Manual of vaccination for the United Provinces of Agra and Oudh -
Year: 1903
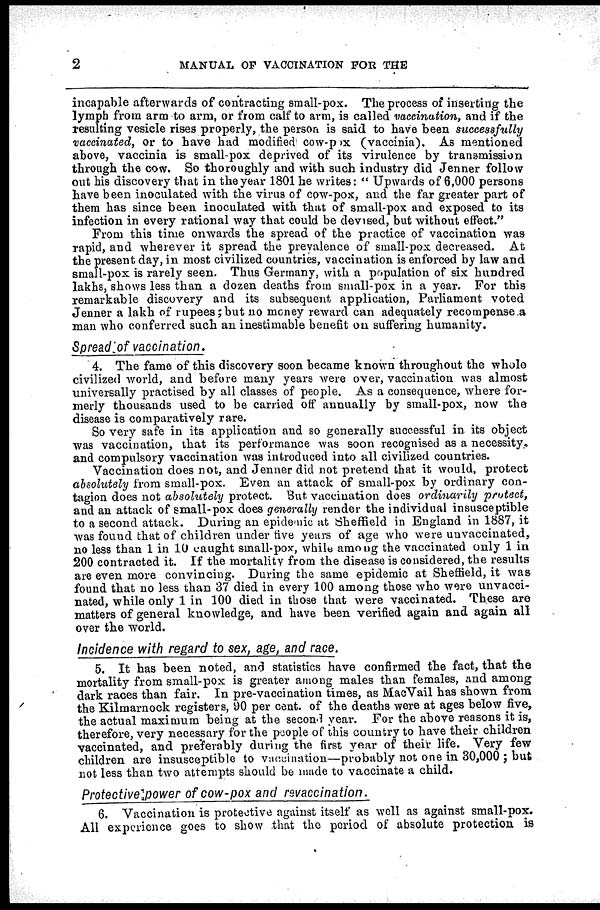
2
MANUAL OF VACCINATION FOR THE
incapable afterwards of contracting small-pox. The process of inserting the
lymph from arm to arm, or from calf to arm, is called vaccination, and if the
resulting vesicle rises properly, the person is said to have been successfully
vaccinated, or to have had modified cow-pox (vaccinia). As mentioned
above, vaccinia is small-pox deprived of its virulence by transmission
through the cow. So thoroughly and with such industry did Jenner follow
out his discovery that in the year 1801 he writes: " Upwards of 6,000 persons
have been inoculated with the virus of cow-pox, and the far greater part of
them has since been inoculated with that of small-pox and exposed to its
infection in every rational way that could be devised, but without effect."
From this time onwards the spread of the practice of vaccination was
rapid, and wherever it spread the prevalence of small-pox decreased. At
the present day, in most civilized countries, vaccination is enforced by law and
small-pox is rarely seen. Thus Germany, with a population of six hundred
lakhs, shows less than a dozen deaths from small-pox in a year. For this
remarkable discovery and its subsequent application, Parliament voted
Jenner a lakh of rupees;but no money reward can adequately recompense a
man who conferred such an inestimable benefit on suffering humanity.
Spread of vaccination.
4. The fame of this discovery soon became known throughout the whole
civilized world, and before many years were over, vaccination was almost
universally practised by all classes of people. As a consequence, where for-
merly thousands used to be carried off annually by small-pox, now the
disease is comparatively rare.
So very safe in its application and so generally successful in its object
was vaccination, that its performance was soon recognised as a necessity,
and compulsory vaccination was introduced into all civilized countries.
Vaccination does not, and Jenner did not pretend that it would, protect
absolutely from small-pox. Even an attack of small-pox by ordinary con-
tagion does not absolutely protect. But vaccination does ordinarily protect,
and an attack of small-pox does generally render the individual insusceptible
to a second attack. During an epidemic at Sheffield in England in 1887, it
was found that of children under five years of age who were unvaccinated,
no less than 1 in 10 caught small-pox, while among the vaccinated only 1 in
200 contracted it. If the mortality from the disease is considered, the results
are even more convincing. During the same epidemic at Sheffield, it was
found that no less than 37 died in every 100 among those who were unvacci-
nated, while only 1 in 100 died in those that were vaccinated. These are
matters of general knowledge, and have been verified again and again all
over the world.
Incidence with regard to sex, age, and race.
5. It has been noted, and statistics have confirmed the fact, that the
mortality from small-pox is greater among males than females, and among
dark races than fair. In pre-vaccination times, as MacVail has shown from
the Kilmarnock registers, 90 per cent. of the deaths were at ages below five,
the actual maximum being at the second year. For the above reasons it is,
therefore, very necessary for the people of this country to have their children
vaccinated, and preferably during the first year of their life. Very few
children are insusceptible to vaccination—probably not one in 30,000 ; but
not less than two attempts should be made to vaccinate a child.
Protective power of cow-pox and revaccination.
6. Vaccination is protective against itself as well as against small-pox.
All experience goes to show that the period of absolute protection is